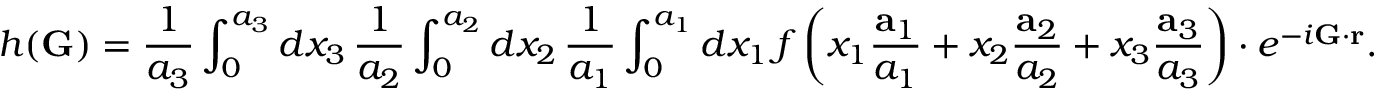
h ( \mathbf { G } ) = { \frac { 1 } { a _ { 3 } } } \int _ { 0 } ^ { a _ { 3 } } d x _ { 3 } \, { \frac { 1 } { a _ { 2 } } } \int _ { 0 } ^ { a _ { 2 } } d x _ { 2 } \, { \frac { 1 } { a _ { 1 } } } \int _ { 0 } ^ { a _ { 1 } } d x _ { 1 } \, f \left( x _ { 1 } { \frac { \mathbf { a } _ { 1 } } { a _ { 1 } } } + x _ { 2 } { \frac { \mathbf { a } _ { 2 } } { a _ { 2 } } } + x _ { 3 } { \frac { \mathbf { a } _ { 3 } } { a _ { 3 } } } \right) \cdot e ^ { - i \mathbf { G } \cdot \mathbf { r } } .